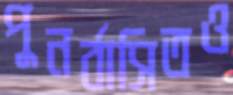
পুনর্বাসিতও